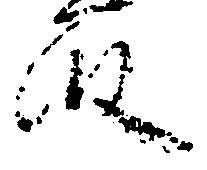
段